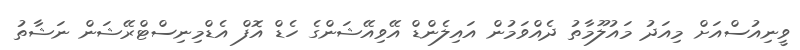
ވީނިއުސްއަށް މިއަދު މައުލޫމާތު ދެއްވަމުން އައިލެންޑް އޭވިއޭޝަންގެ ހެޑް އޮފް އެޑްމިނިސްޓްރޭޝަން ނަޝާތު